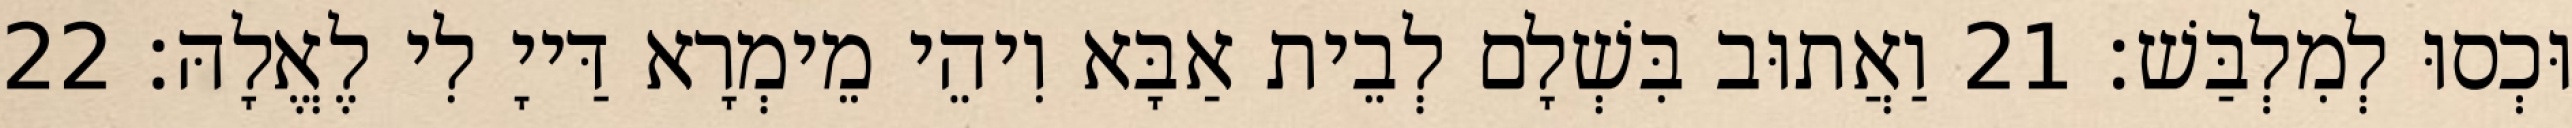
וּכְסוּ לְמִלְבַּשׁ׃ 21 וַאֲתוּב בִּשְׁלָם לְבֵית אַבָּא וִיהֵי מֵימְרָא דַּייָ לִי לֶאֱלָהּ׃ 22